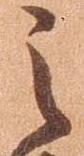
之